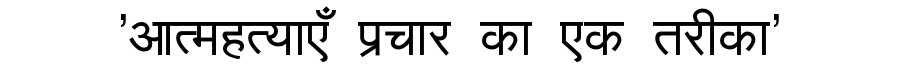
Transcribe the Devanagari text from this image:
'आत्महत्याएँ प्रचार का एक तरीका'